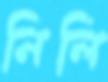
নিলি